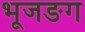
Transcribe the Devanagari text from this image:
भूजङग